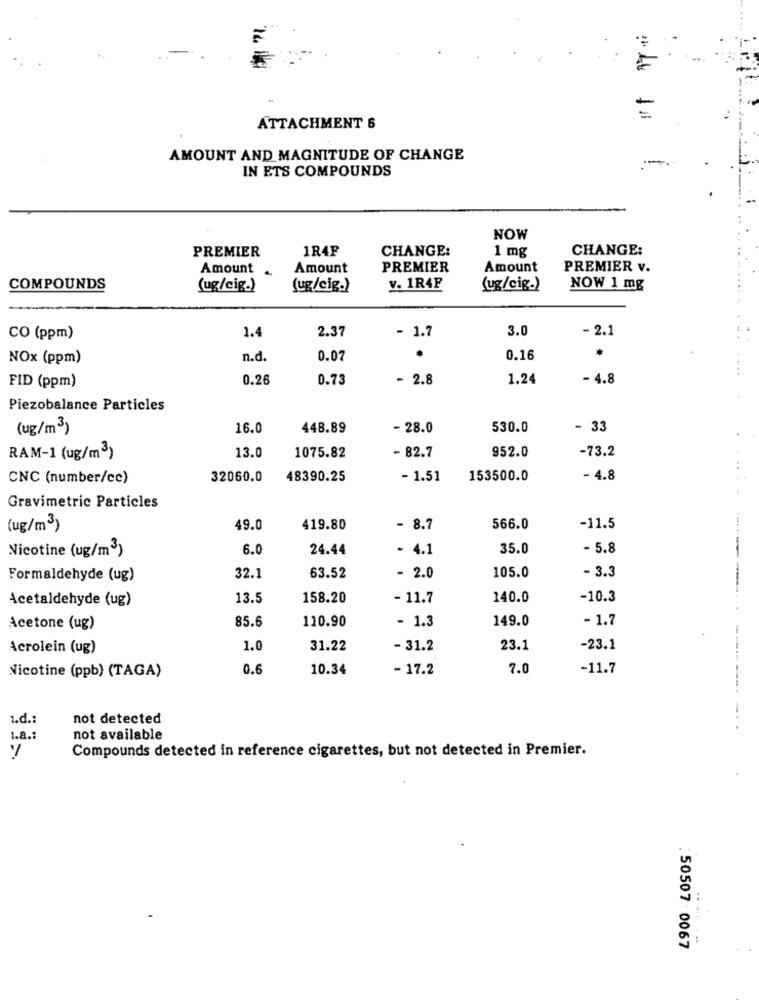
=
ATTACHMENT 6
AMOUNT AND MAGNITUDE OF CHANGE
IN ETS COMPOUNDS
-
NOW
PREMIER
1R4F
CHANGE:
1 mg
CHANGE:
Amount
Amount
PREMIER
Amount
PREMIER v.
COMPOUNDS
(ug/cig.)
(ug/cig.)
v. 1R4F
(ug/cig.)
NOW 1 mg
1.4
2.37
- 1.7
3.0
- 2.1
CO (ppm)
NOx (ppm)
n.d.
0.07
.
0.16
....
0.26
0.73
- 2.8
1.24
- 4.8
FID (ppm)
Piezobalance Particles
(ug/m3)
16.0
448.89
- 28.0
530.0
- 33
4
952.0
-73.2
RAM-1 (ug/m3)
13.0
1075.82
- 82.7
CNC (number/cc)
32060.0
48390.25
- 1.51
153500.0
- 4.8
Gravimetric Particles
(ug/m3)
49.0
419.80
- 8.7
566.0
-11.5
Nicotine (ug/m3)
6.0
24.44
- 4.1
35.0
- 5.8
- 3.3
Formaldehyde (ug)
32.1
63.52
- 2.0
105.0
Acetaldehyde (ug)
13.5
158.20
- 11.7
140.0
-10.3
85.6
110.90
- 1.3
149.0
- 1.7
Acetone (ug)
Acrolein (ug)
1.0
31.22
- 31.2
23.1
-23.1
Nicotine (ppb) (TAGA)
0.6
10.34
- 17.2
7.0
-11.7
1.d .:
not detected
----------..
1.a .:
not available
Compounds detected in reference cigarettes, but not detected in Premier.
y
...
: 50507 0067